Annual administration report of the Civil Veterinary Department, Ajmere-Merwara, British Rajputana - 1914-1940
Year: 1914
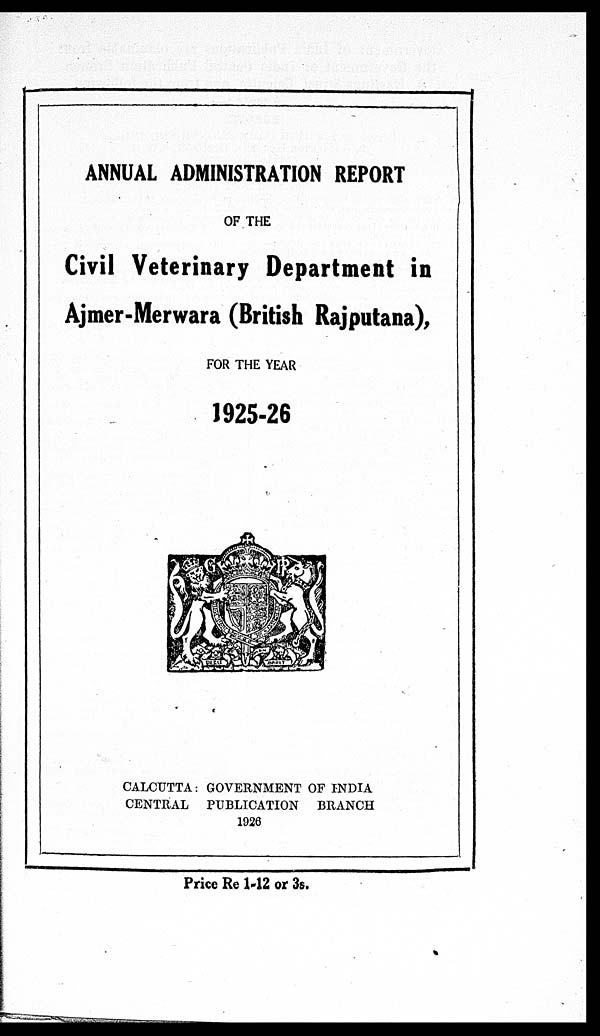
ANNUAL ADMINISTRATION REPORT
OF THE
Civil Veterinary Department in
Ajmer-Merwara (British Rajputana),
FOR THE YEAR
1925-26
CALCUTTA: GOVERNMENT OF INDIA
CENTRAL PUBLICATION
BRANCH
1926
Price Re 1-12 or 3s.